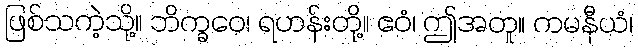
ဖြစ်သကဲ့သို့။ ဘိက္ခဝေ၊ ရဟန်းတို့။ ဧဝံ၊ ဤအတူ။ ကမနီယံ၊